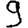
Digit: 9